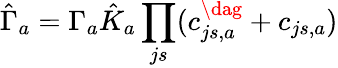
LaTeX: \hat{\Gamma}_{a}=\Gamma_{a}\hat{K}_{a}\prod_{js}(c_{js,a}^{\dag}+c_{js,a})